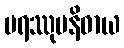
ပရဿုပနိဓာယ